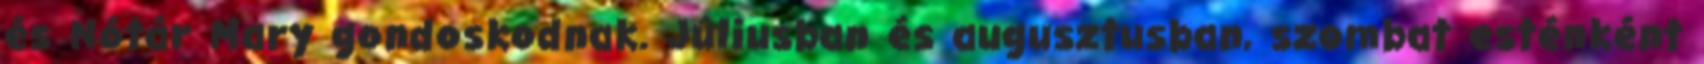
és Nótár Mary gondoskodnak. Júliusban és augusztusban, szombat esténként